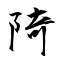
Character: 陭